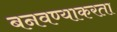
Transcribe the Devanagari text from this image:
बनवण्याकरता